Vaccination in the Punjab 1883-1896 - 1883-1896
Year: 1883
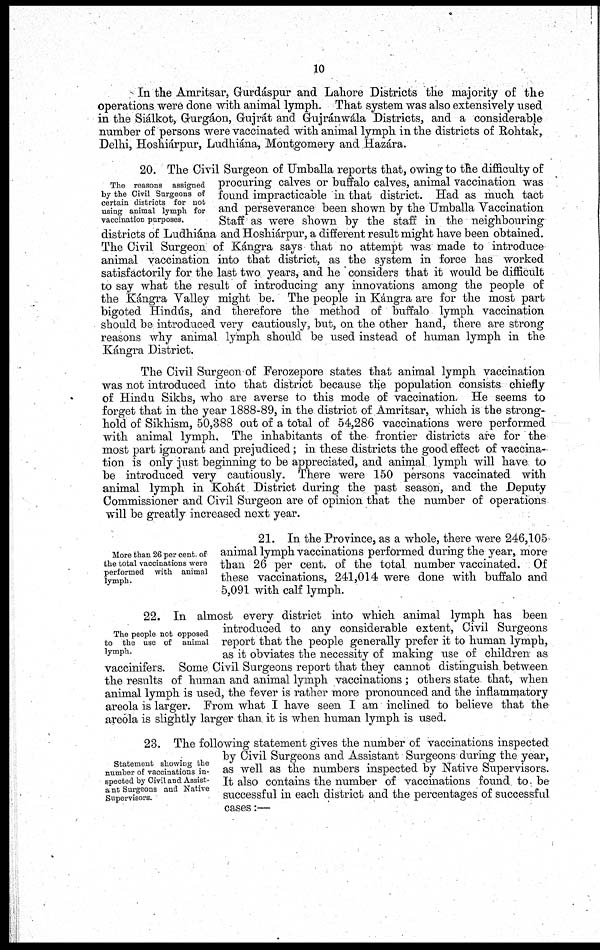
10
In the Amritsar, Gurdáspur and Lahore Districts the majority of the
operations were done with animal lymph. That system was also extensively used
in the Siálkot, Gurgáon, Gujrát and Grujránwála Districts, and a considerable
number of persons were vaccinated with animal lymph in the districts of Rohtak,
Delhi, Hoshiárpur, Ludhiána, Montgomery and Hazára.
The reasons assigned
by the Civil Surgeons of
certain districts for not
using animal lymph for
vaccination purposes.
20. The Civil Surgeon of Umballa reports that, owing to the difficulty of
procuring calves or buffalo calves, animal vaccination was
found impracticable in that district. Had as much tact
and perseverance been shown by the Umballa Vaccination
Staff as were shown by the staff in the neighbouring
districts of Ludhiána and Hoshiárpur, a different result might have been obtained.
The Civil Surgeon of Kángra says that no attempt was made to introduce
animal vaccination into that district, as the system in force has worked
satisfactorily for the last two years, and he ' considers that it would be difficult
to say what the result of introducing any innovations among the people of
the Kángra Valley might be. The people in Kángra are for the most part
bigoted Hindús, and therefore the method of buffalo lymph vaccination
should be introduced very cautiously, but, on the other hand, there are strong
reasons why animal lymph should be used instead of human lymph in the
Kángra District.
The Civil Surgeon of Ferozepore states that animal lymph vaccination
was not introduced into that district because the population consists chiefly
of Hindu Sikhs, who are averse to this mode of vaccination. He seems to
forget that in the year 1888-89, in the district of Amritsar, which is the strong-
hold of Sikhism, 50,388 out of a total of 54,286 vaccinations were performed
with animal lymph. The inhabitants of the frontier districts are for the
most part ignorant and prejudiced; in these districts the good effect of vaccina-
tion is only just beginning to be appreciated, and animal lymph will have to
be introduced very cautiously. There were 150 persons vaccinated with
animal lymph in Kohát District during the past season, and the Deputy
Commissioner and Civil Surgeon are of opinion that the number of operations
will be greatly increased next year.
More than 26 per cent of
the total vaccinations were
performed
with animal
lymph.
21. In the Province, as a whole, there were 246,105
animal lymph vaccinations performed during the year, more
than 26 per cent. of the total number vaccinated. Of
these vaccinations, 241,014 were done with buffalo and
5,091 with calf lymph.
The people not opposed
to the use of animal
lymph.
22. In almost every district into which animal lymph has been
introduced to any considerable extent, Civil Surgeons
report that the people generally prefer it to human lymph,
as it obviates the necessity of making use of children as
vaccinifers. Some Civil Surgeons report that they cannot distinguish between
the results of human and animal lymph vaccinations ; others state that, when
animal lymph is used, the fever is rather more pronounced and the inflammatory
areola is larger. From what I have seen I am inclined to believe that the
areola is slightly larger than it is when human lymph is used.
Statement showing the
number of vaccinations in-
spected by Civil and Assist¬
ant Surgeons and Native
Supervisors.
23. The following statement gives the number of vaccinations inspected
by Civil Surgeons and Assistant Surgeons during the year,
as well as the numbers inspected by Native Supervisors.
It also contains the number of vaccinations found to be
successful in each district and the percentages of successful
cases:—